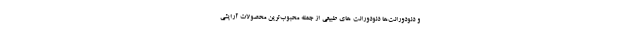
و دئودورانت‌ها دئودورانت های طبیعی از جمله محبوب‌ترین محصولات آرایشی